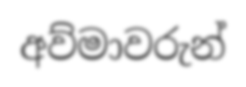
අව්මාවරුන්